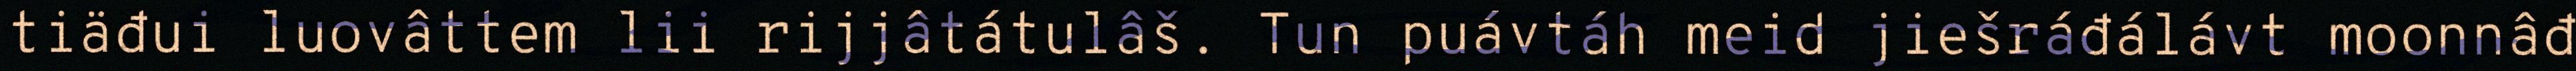
tiäđui luovâttem lii rijjâtátulâš. Tun puávtáh meid jiešráđálávt moonnâđ